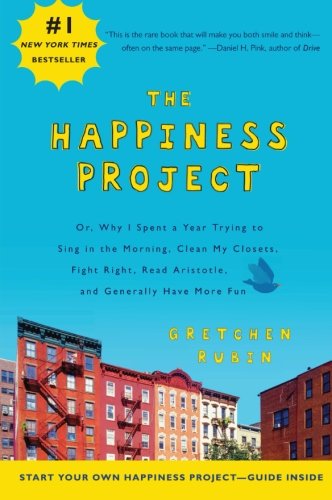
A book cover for The Happiness Project: Or, Why I Spent a Year Trying to Sing in the Morning, Clean My Closets, Fight Right, Read Aristotle, and Generally Have More Fun; Gretchen Rubin; Self-Help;